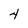
Character: 4